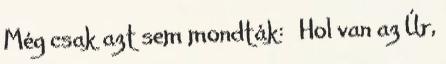
Még csak azt sem mondták: »Hol van az Úr,